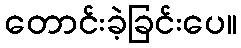
တောင်းခဲ့ခြင်းပေ။